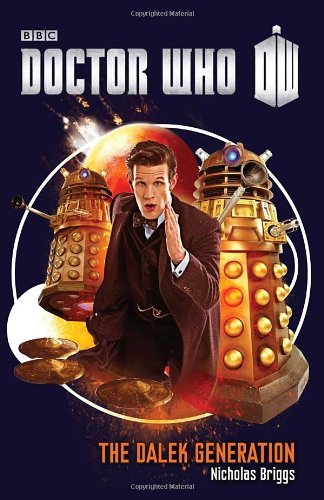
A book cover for Doctor Who: The Dalek Generation; Nicholas Briggs; Science Fiction & Fantasy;